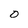
Character: O